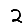
Digit: 2